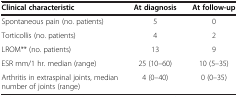
<table><thead><tr><td><b>Clinical characteristic</b></td><td><b>At diagnosis</b></td><td><b>At follow-up</b></td></tr></thead><tbody><tr><td>Spontaneous pain (no. patients)</td><td>5</td><td>0</td></tr><tr><td>Torticollis (no. patients)</td><td>4</td><td>2</td></tr><tr><td>LROM** (no. patients)</td><td>13</td><td>9</td></tr><tr><td>ESR mm/1 hr. median (range)</td><td>25 (10–60)</td><td>10 (5–35)</td></tr><tr><td>Arthritis in extraspinal joints, median number of joints (range)</td><td>4 (0–40)</td><td>0 (0–35)</td></tr></tbody></table>